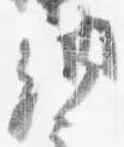
納